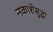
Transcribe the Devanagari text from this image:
नकाशेसुद्धा